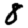
Digit: 8